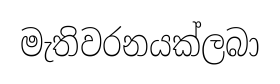
මැතිවරනයක්ලබා